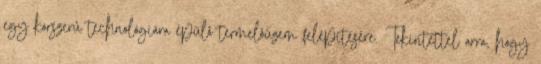
egy korszerû technológiára épülô termelôüzem felépítésére. Tekintettel arra, hogy